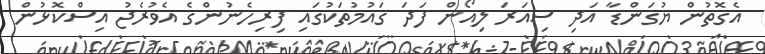
އެގޮތުން ޔުގަންޑާ އަދި ސިއަރަ ލިއޯން ފަދަ ގައުމުތަކުގައި ފިރިހެނުންގެ އެވުރެޖު އިސްކޮޅުން